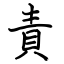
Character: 責